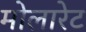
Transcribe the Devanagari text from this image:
मोलारेट